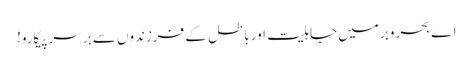
اے بحروبر میں جاہلیت اور باطل کے فرزندوں سے برسرِپیکارو!